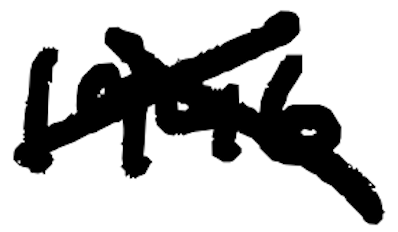
Text: 1946
Cross-out: cross
Writing tool: digital_black